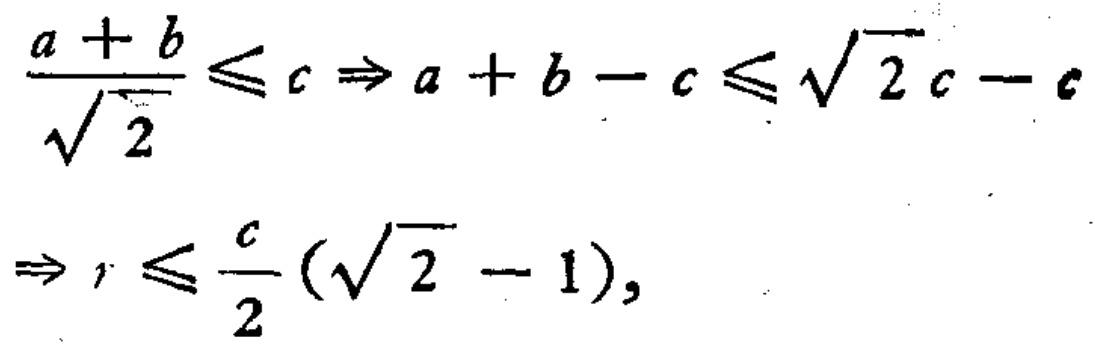
\[\frac{a + b}{\sqrt{2}}\leqslant c\Rightarrow a + b - c\leqslant\sqrt{2}c - c\Rightarrow r\leqslant\frac{c}{2}(\sqrt{2} - 1),\]